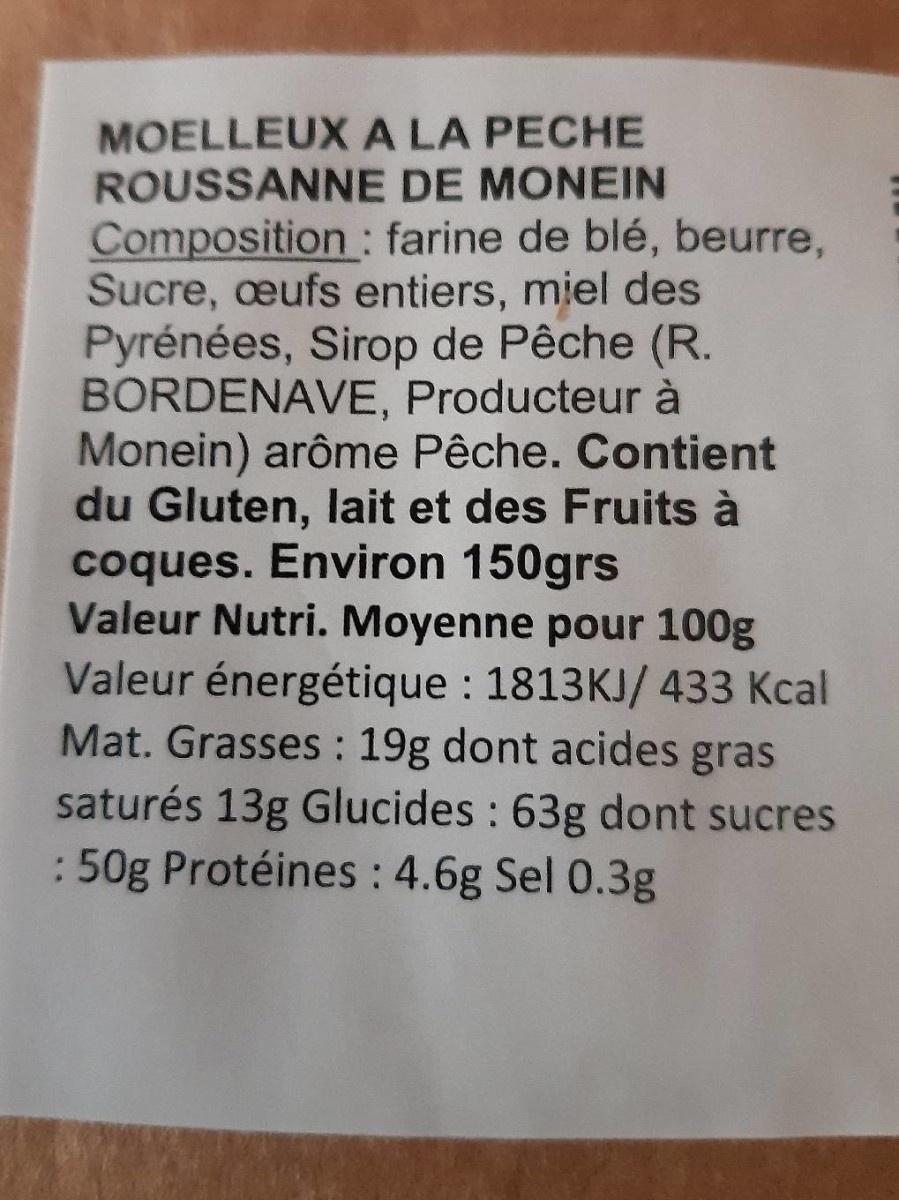
MOELLEUXA LA PECHE ROUSSANNE DE MONEIN
Composition: farine de blé, beurre, Sucre, eufs entiers, miel des Pyrénées, Sirop de Pêche (R. BORDENAVE, Producteur à Monein) arôme Pêche. Contient du Gluten, lait et des Fruits à coques. Environ 150grs Valeur Nutri. Moyenne pour 100g Valeur énergétique : 1813KJ/ 433 Kcal Mat. Grasses : 19g dont acides gras saturés 13g Glucides : 63g dont sucres : 50g Protéines : 4.6g Sel 0.3g